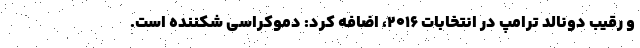
و رقیب دونالد ترامپ در انتخابات ۲۰۱۶، اضافه کرد: دموکراسی شکننده است.